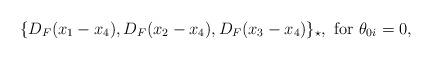
LaTeX: \begin{align*}\{D_F(x_1-x_4),D_F(x_2-x_4),D_F(x_3-x_4)\}_{\star}, {\rm ~for~}\theta_{0i}=0,\end{align*}